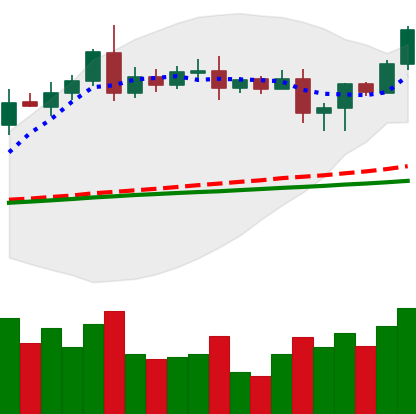
Ticker: LTC-USD
Chart end date: 2020-08-16
Forward return: -6.968%
Label: down_5_7